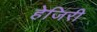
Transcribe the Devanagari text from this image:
हेजिरी